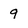
Character: 9